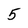
Character: 5